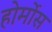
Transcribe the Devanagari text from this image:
होर्मोस